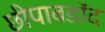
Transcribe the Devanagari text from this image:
छीपाबडॉद